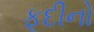
ફૂદીનો